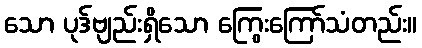
သော ပုဒ်ဗျည်းရှိသော ကြွေးကြော်သံတည်း။